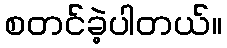
စတင်ခဲ့ပါတယ်။